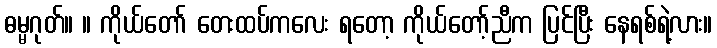
ဓမ္မဂုတ်။ ။ ကိုယ်တော် တေးထပ်ကလေး ရတော့ ကိုယ်တော့်ညီက ပြင်ပြီး နေရစ်ရဲ့လား။